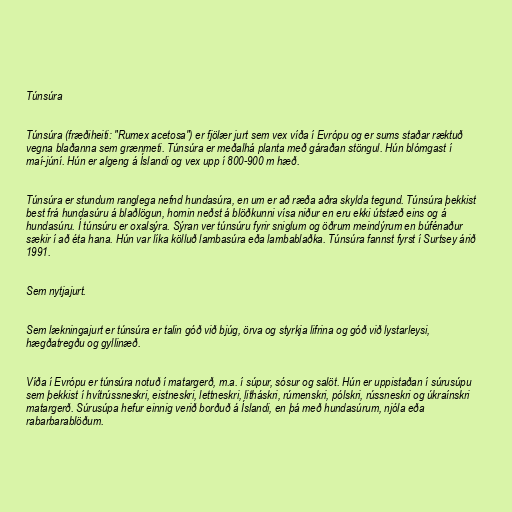
Túnsúra

Túnsúra (fræðiheiti: "Rumex acetosa") er fjölær jurt sem vex víða í Evrópu og er sums staðar ræktuð
vegna blaðanna sem grænmeti. Túnsúra er meðalhá planta með gáraðan stöngul. Hún blómgast í
maí-júní. Hún er algeng á Íslandi og vex upp í 800-900 m hæð.

Túnsúra er stundum ranglega nefnd hundasúra, en um er að ræða aðra skylda tegund. Túnsúra þekkist
best frá hundasúru á blaðlögun, hornin neðst á blöðkunni vísa niður en eru ekki útstæð eins og á
hundasúru. Í túnsúru er oxalsýra. Sýran ver túnsúru fyrir sniglum og öðrum meindýrum en búfénaður
sækir í að éta hana. Hún var líka kölluð lambasúra eða lambablaðka. Túnsúra fannst fyrst í Surtsey árið
1991.

Sem nytjajurt.

Sem lækningajurt er túnsúra er talin góð við bjúg, örva og styrkja lifrina og góð við lystarleysi,
hægðatregðu og gyllinæð.

Víða í Evrópu er túnsúra notuð í matargerð, m.a. í súpur, sósur og salöt. Hún er uppistaðan í súrusúpu
sem þekkist í hvítrússneskri, eistneskri, lettneskri, litháskri, rúmenskri, pólskri, rússneskri og úkraínskri
matargerð. Súrusúpa hefur einnig verið borðuð á Íslandi, en þá með hundasúrum, njóla eða
rabarbarablöðum.